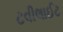
ટવીલાઈટ